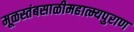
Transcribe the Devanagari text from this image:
मूळस्तंबसाळीमहात्म्यपुराण